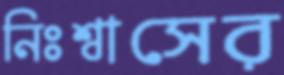
নিঃশ্বাসের